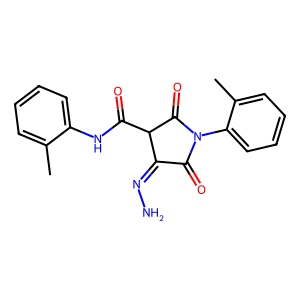
SMILES: Cc1ccccc1NC(=O)C1C(=O)N(c2ccccc2C)C(=O)C1=NN
Inhibits HIV replication: No